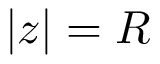
| z | = R